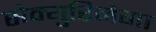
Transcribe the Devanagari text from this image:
सेक्युरिनेगा